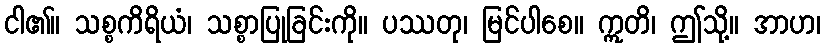
ငါ၏။ သစ္စကိရိယံ၊ သစ္စာပြုခြင်းကို။ ပဿတု၊ မြင်ပါစေ။ ဣတိ၊ ဤသို့။ အာဟ၊